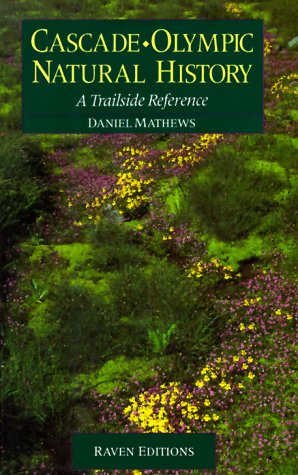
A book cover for Cascade-Olympic Natural History : A Trailside Reference; Daniel Mathews; Sports & Outdoors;